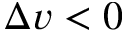
\Delta v < 0